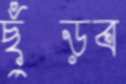
ছুঁড়ব